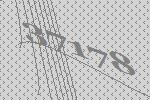
37178